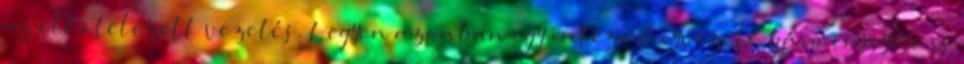
az elkötelezett vezetés. Legyen azonban egy intézményvezető bármennyire is